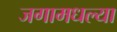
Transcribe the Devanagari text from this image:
जगामधल्या